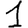
Digit: 1